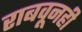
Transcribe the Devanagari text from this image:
राबवूनही